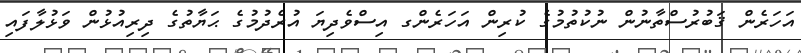
އަހަރެން ޤަބުރުސްތާނުން ނުކުތުމުގެ ކުރިން އަހަރެންގ އިސްވެދިޔަ އުރެދުމުގެ ޙަޔާތުގެ ދިރިއުޅުން ވަޅުލާފައި